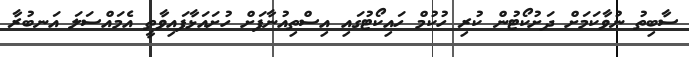
ސާބިތު ނުވާކަމަށް ދަށުކޯޓުން ކުރި ހުކުމް ހައިކޯޓުގައި އިސްތިއުނާފަށް ހުށައަޅާފައިވާތީ އެމައްސަލަ އަނބުރާ